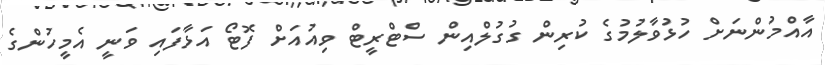
އާއްމުންނަށް ހުޅުވާލުމުގެ ކުރިން ގުގުލްއިން ސްޓްރީޓް ވިއުއަށް ފޮޓޯ އަޅާފައި ވަނީ އެމީހުންގެ